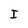
Character: I